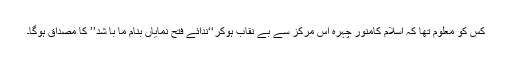
کس کو معلوم تھا کہ اسلام کامنور چہرہ اس مرکز سے بے نقاب ہوکر‘‘ندائے فتح نمایاں بنام ما با شد’’ کا مصداق ہوگا۔